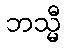
ဘသ္မီ